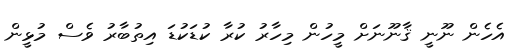
އެހެން ނޫނީ ޤާނޫނަށް މީހުން މިހާރު ކުރާ ކުޑަކުޑަ އިތުބާރު ވެސް މުޅީން